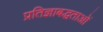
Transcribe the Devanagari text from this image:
प्रतिज्ञाबद्धताओं